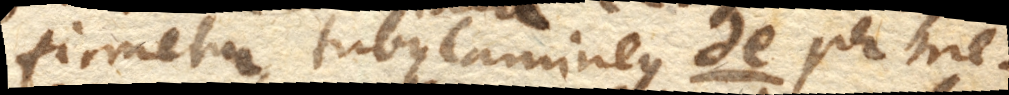
firmetur, tubus lamineus de. per me–